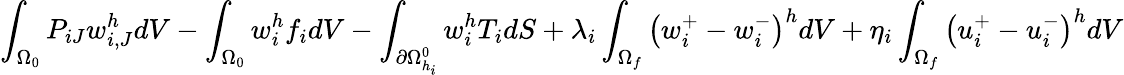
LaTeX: \int_{\Omega_{0}}P_{iJ}w_{i,J}^{h}dV-\int_{\Omega_{0}}{w_{i}^{h}f_{i}}dV-\int_{\partial\Omega_{h_{i}}^{0}}w_{i}^{h}T_{i}dS+\lambda_{i}\int_{\Omega_{f}}\left(w_{i}^{+}-w_{i}^{-}\right)^{h}dV+\eta_{i}\int_{\Omega_{f}}\left(u_{i}^{+}-u_{i}^{-}\right)^{h}dV